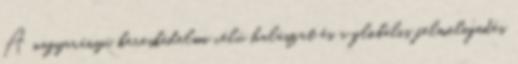
A nagyarányú kereskedelmi célú halászat és a globális felmelegedés